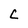
Character: C